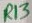
Text: R13